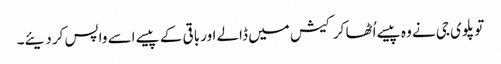
تو پلوی جی نے وہ پیسے اُٹھا کر کیش میں ڈالے اور باقی کے پیسے اسے واپس کر دیئے۔